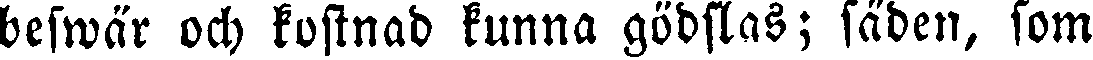
beswär och kostnad kunna gödslas; säden, som